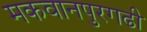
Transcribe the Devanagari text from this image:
मकवानपुरगढी